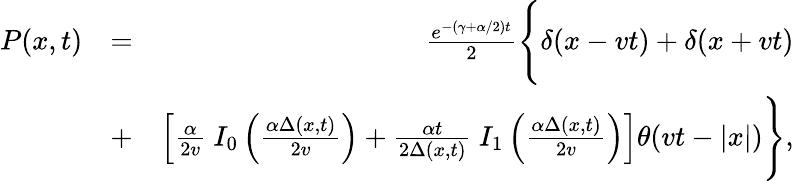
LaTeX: \begin{array}{rlr}{P(x,t)}&{=}&{\frac{e^{-(\gamma+\alpha/2)t}}{2}\Biggl\{ \delta(x-vt)+\delta(x+vt)\Biggr.}\\ &{+}&{\left.\left[\frac{\alpha}{2v}\ I_{0}\left(\frac{\alpha\Delta(x,t)}{2v}\right)\right.\right.+\Biggl.\left.\frac{\alpha t}{2\Delta(x,t)}\ I_{1}\left(\frac{\alpha\Delta(x,t)}{2v}\right)\right]\theta(vt-|x|)\Biggr\} ,}\end{array}